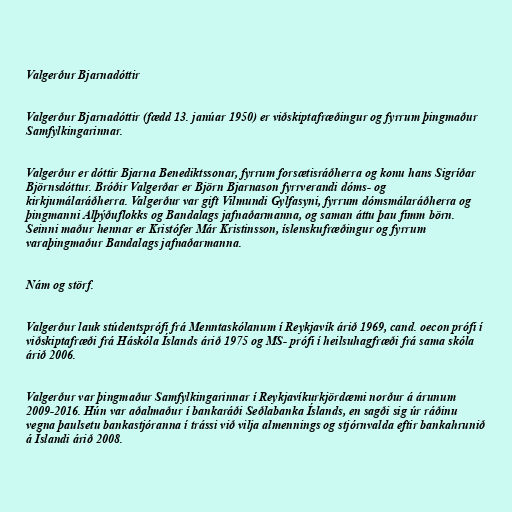
Valgerður Bjarnadóttir

Valgerður Bjarnadóttir (fædd 13. janúar 1950) er viðskiptafræðingur og fyrrum þingmaður
Samfylkingarinnar.

Valgerður er dóttir Bjarna Benediktssonar, fyrrum forsætisráðherra og konu hans Sigríðar
Björnsdóttur. Bróðir Valgerðar er Björn Bjarnason fyrrverandi dóms- og
kirkjumálaráðherra. Valgerður var gift Vilmundi Gylfasyni, fyrrum dómsmálaráðherra og
þingmanni Alþýðuflokks og Bandalags jafnaðarmanna, og saman áttu þau fimm börn.
Seinni maður hennar er Kristófer Már Kristinsson, íslenskufræðingur og fyrrum
varaþingmaður Bandalags jafnaðarmanna.

Nám og störf.

Valgerður lauk stúdentsprófi frá Menntaskólanum í Reykjavík árið 1969, cand. oecon prófi í
viðskiptafræði frá Háskóla Íslands árið 1975 og MS- prófi í heilsuhagfræði frá sama skóla
árið 2006.

Valgerður var þingmaður Samfylkingarinnar í Reykjavíkurkjördæmi norður á árunum
2009-2016. Hún var aðalmaður í bankaráði Seðlabanka Íslands, en sagði sig úr ráðinu
vegna þaulsetu bankastjóranna í trássi við vilja almennings og stjórnvalda eftir bankahrunið
á Íslandi árið 2008.